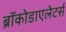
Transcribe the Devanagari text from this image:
ब्रॉकोडाएलेटर्स